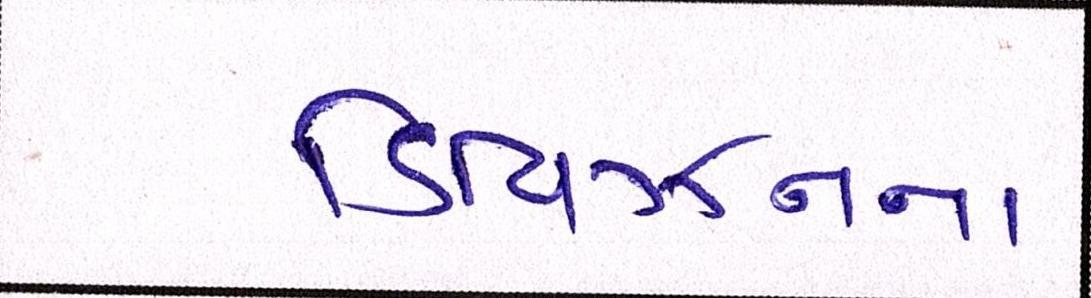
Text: ડિવિઝનના